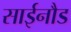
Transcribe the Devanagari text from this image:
साईनौड